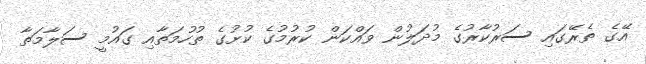
އޭގެ ތެރޭގައި ސަރުކާރުގެ މުދަލުން ވައްކަން ކުރުމުގެ ކުށުގެ ތުހުމަތާއި ގައުމީ ސަލާމަތާ